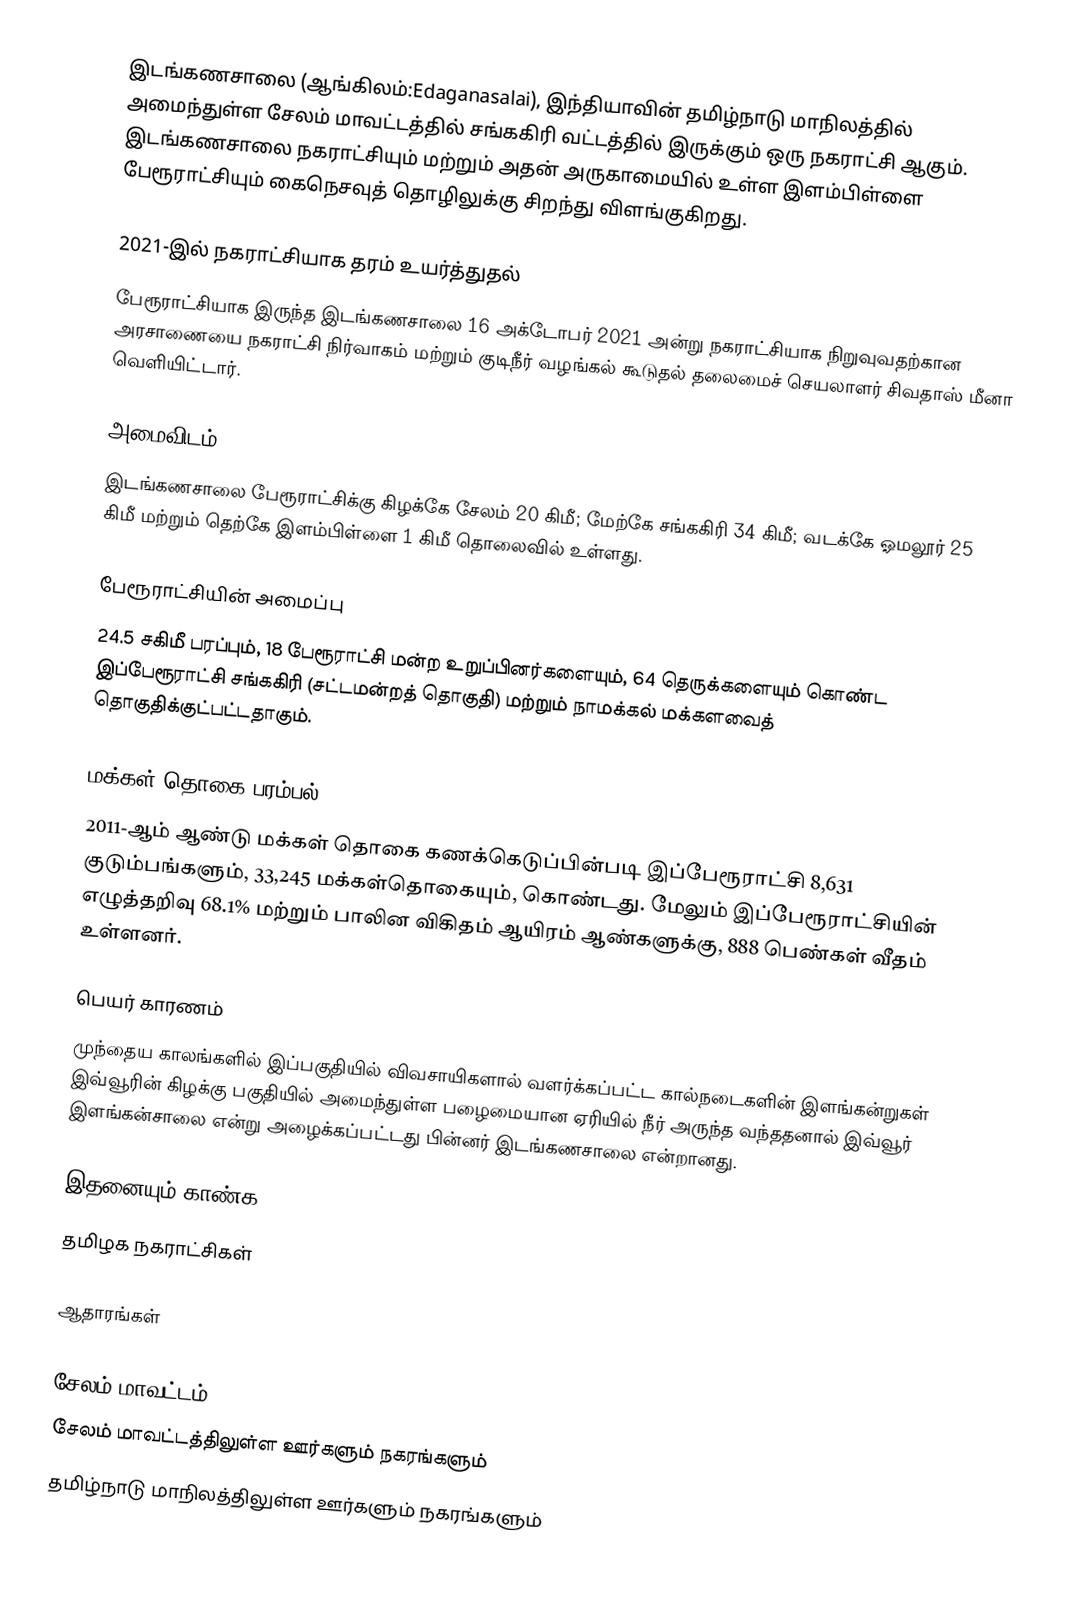
இடங்கணசாலை (ஆங்கிலம்:Edaganasalai), இந்தியாவின் தமிழ்நாடு மாநிலத்தில் அமைந்துள்ள சேலம் மாவட்டத்தில் சங்ககிரி வட்டத்தில் இருக்கும் ஒரு நகராட்சி ஆகும். இடங்கணசாலை நகராட்சியும் மற்றும் அதன் அருகாமையில் உள்ள இளம்பிள்ளை பேரூராட்சியும் கைநெசவுத் தொழிலுக்கு சிறந்து விளங்குகிறது.

2021-இல் நகராட்சியாக தரம் உயர்த்துதல்
பேரூராட்சியாக இருந்த இடங்கணசாலை 16 அக்டோபர் 2021 அன்று நகராட்சியாக நிறுவுவதற்கான அரசாணையை  நகராட்சி நிர்வாகம் மற்றும் குடிநீர் வழங்கல் கூடுதல் தலைமைச் செயலாளர் சிவதாஸ் மீனா வெளியிட்டார்.

அமைவிடம்
இடங்கணசாலை பேரூராட்சிக்கு கிழக்கே சேலம் 20 கிமீ; மேற்கே சங்ககிரி 34 கிமீ; வடக்கே ஓமலூர் 25 கிமீ மற்றும் தெற்கே இளம்பிள்ளை 1 கிமீ தொலைவில் உள்ளது.

பேரூராட்சியின் அமைப்பு
24.5 சகிமீ பரப்பும்,  18  பேரூராட்சி மன்ற உறுப்பினர்களையும், 64 தெருக்களையும்  கொண்ட இப்பேரூராட்சி சங்ககிரி (சட்டமன்றத் தொகுதி) மற்றும் நாமக்கல் மக்களவைத் தொகுதிக்குட்பட்டதாகும்.

மக்கள் தொகை பரம்பல்
2011-ஆம் ஆண்டு மக்கள் தொகை கணக்கெடுப்பின்படி  இப்பேரூராட்சி 8,631  குடும்பங்களும்,  33,245  மக்கள்தொகையும், கொண்டது. மேலும் இப்பேரூராட்சியின் எழுத்தறிவு 68.1% மற்றும்  பாலின விகிதம் ஆயிரம் ஆண்களுக்கு, 888 பெண்கள் வீதம் உள்ளனர்.

பெயர் காரணம்
முந்தைய காலங்களில் இப்பகுதியில் விவசாயிகளால் வளர்க்கப்பட்ட கால்நடைகளின் இளங்கன்றுகள் இவ்வூரின் கிழக்கு பகுதியில் அமைந்துள்ள பழைமையான ஏரியில் நீர் அருந்த வந்ததனால் இவ்வூர் இளங்கன்சாலை என்று அழைக்கப்பட்டது பின்னர் இடங்கணசாலை என்றானது.

இதனையும் காண்க
தமிழக நகராட்சிகள்

ஆதாரங்கள்

சேலம் மாவட்டம்
சேலம் மாவட்டத்திலுள்ள ஊர்களும் நகரங்களும்
தமிழ்நாடு மாநிலத்திலுள்ள ஊர்களும் நகரங்களும்